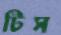
টিস